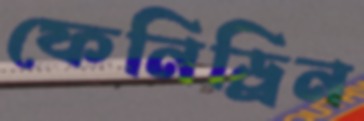
ফেনিড্রিন